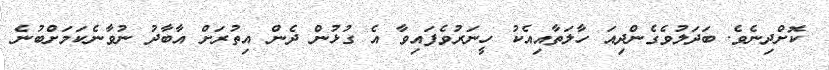
ކޮށްދިނެވެ. ބަދަލުވެގެންދިއަ ހާލަތާއިއެކު ހީނަރުވެފައިވާ އެ ގުޅުން ދެން އިތުރަށް އާބާދު ނުވާނެކަމަށްބުނެ